Indian journal of veterinary science and animal husbandry - Volume 8,
Year: 1938
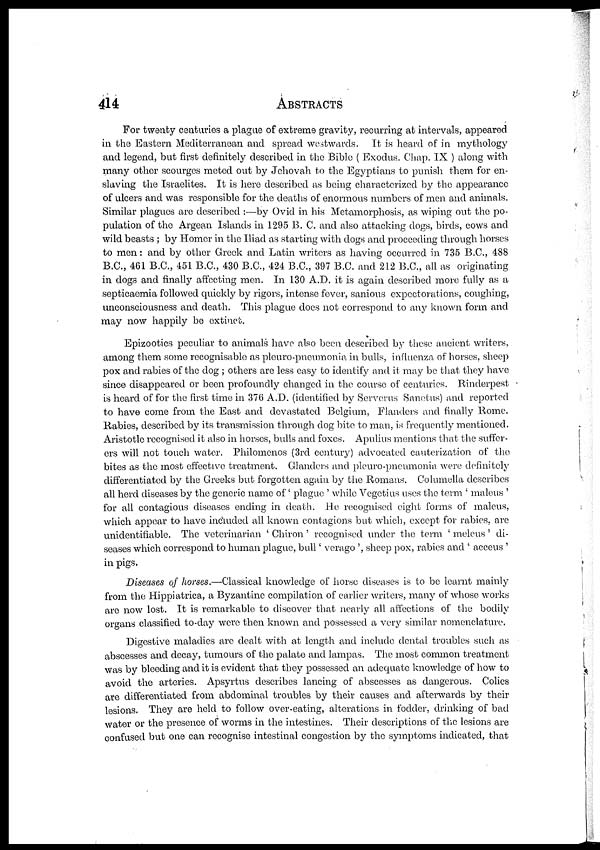
414
ABSTRACTS
For twenty centuries a plague of extreme gravity, recurring at intervals, appeared
in the Eastern Mediterranean and spread westwards. It is heard of in mythology
and legend, but first definitely described in the Bible ( Exodus. Chap. IX ) along with
many other scourges meted out by Jehovah to the Egyptians to punish them for en-
slaving the Israelites. It is here described as being characterized by the appearance
of ulcers and was responsible for the deaths of enormous numbers of men and animals.
Similar plagues are described :—by Ovid in his Metamorphosis, as wiping out the po-
pulation of the Argean Islands in 1295 B. C. and also attacking dogs, birds, cows and
wild beasts ; by Homer in the Iliad as starting with dogs and proceeding through horses
to men: and by other Greek and Latin writers as having occurred in 735 B.C., 488
B.C., 461 B.C., 451 B.C., 430 B.C., 424 B.C., 397 B.C. and 212 B.C., all as originating
in dogs and finally affecting men. In 130 A.D. it is again described more fully as a
septicaemia followed quickly by rigors, intense fever, sanious expectorations, coughing,
unconsciousness and death. This plague does not correspond to any known form and
may now happily be extinct.
Epizootics peculiar to animals have also been described by these ancient writers,
among them some recognisable as pleuro-pneumonia in bulls, influenza of horses, sheep
pox and rabies of the dog ; others are less easy to identify and it may be that they have
since disappeared or been profoundly changed in the course of centuries. Rinderpest
is heard of for the first time in 376 A.D. (identified by Serverus Sanetus) and reported
to have come from the East and devastated Belgium, Flanders and finally Rome.
Rabies, described by its transmission through dog bite to man, is frequently mentioned.
Aristotle recognised it also in horses, bulls and foxes. Apulius mentions that the suffer-
ers will not touch water. Philomenos (3rd century) advocated cauterization of the
bites as the most effective treatment. Glanders and pleuro-pneumonia were definitely
differentiated by the Greeks but forgotten again by the Romans. Columella describes
all herd diseases by the generic name of ' plague ' while Vegetius uses the term ' maleus '
for all contagious diseases ending in death. He recognised eight forms of maleus,
which appear to have included all known contagions but which, except for rabies, are
unidentifiable. The veterinarian ' Chiron' recognised under the term ' meleus' di-
seases which correspond to human plague, bull' verago ', sheep pox, rabies and ' acceus '
in pigs.
Diseases of horses.—Classical knowledge of horse diseases is to be learnt mainly
from the Hippiatrica, a Byzantine compilation of earlier writers, many of whose works
are now lost. It is remarkable to discover that nearly all affections of the bodily
organs classified to-day were then known and possessed a very similar nomenclature.
Digestive maladies are dealt with at length and include dental troubles such as
abscesses and decay, tumours of the palate and lampas. The most common treatment
was by bleeding and it is evident that they possessed an adequate knowledge of how to
avoid the arteries. Apsyrtus describes lancing of abscesses as dangerous. Colics
are differentiated from abdominal troubles by their causes and afterwards by their
lesions. They are held to follow over-eating, alterations in fodder, drinking of bad
water or the presence of worms in the intestines. Their descriptions of the lesions are
confused but one can recognise intestinal congestion by the symptoms indicated, that